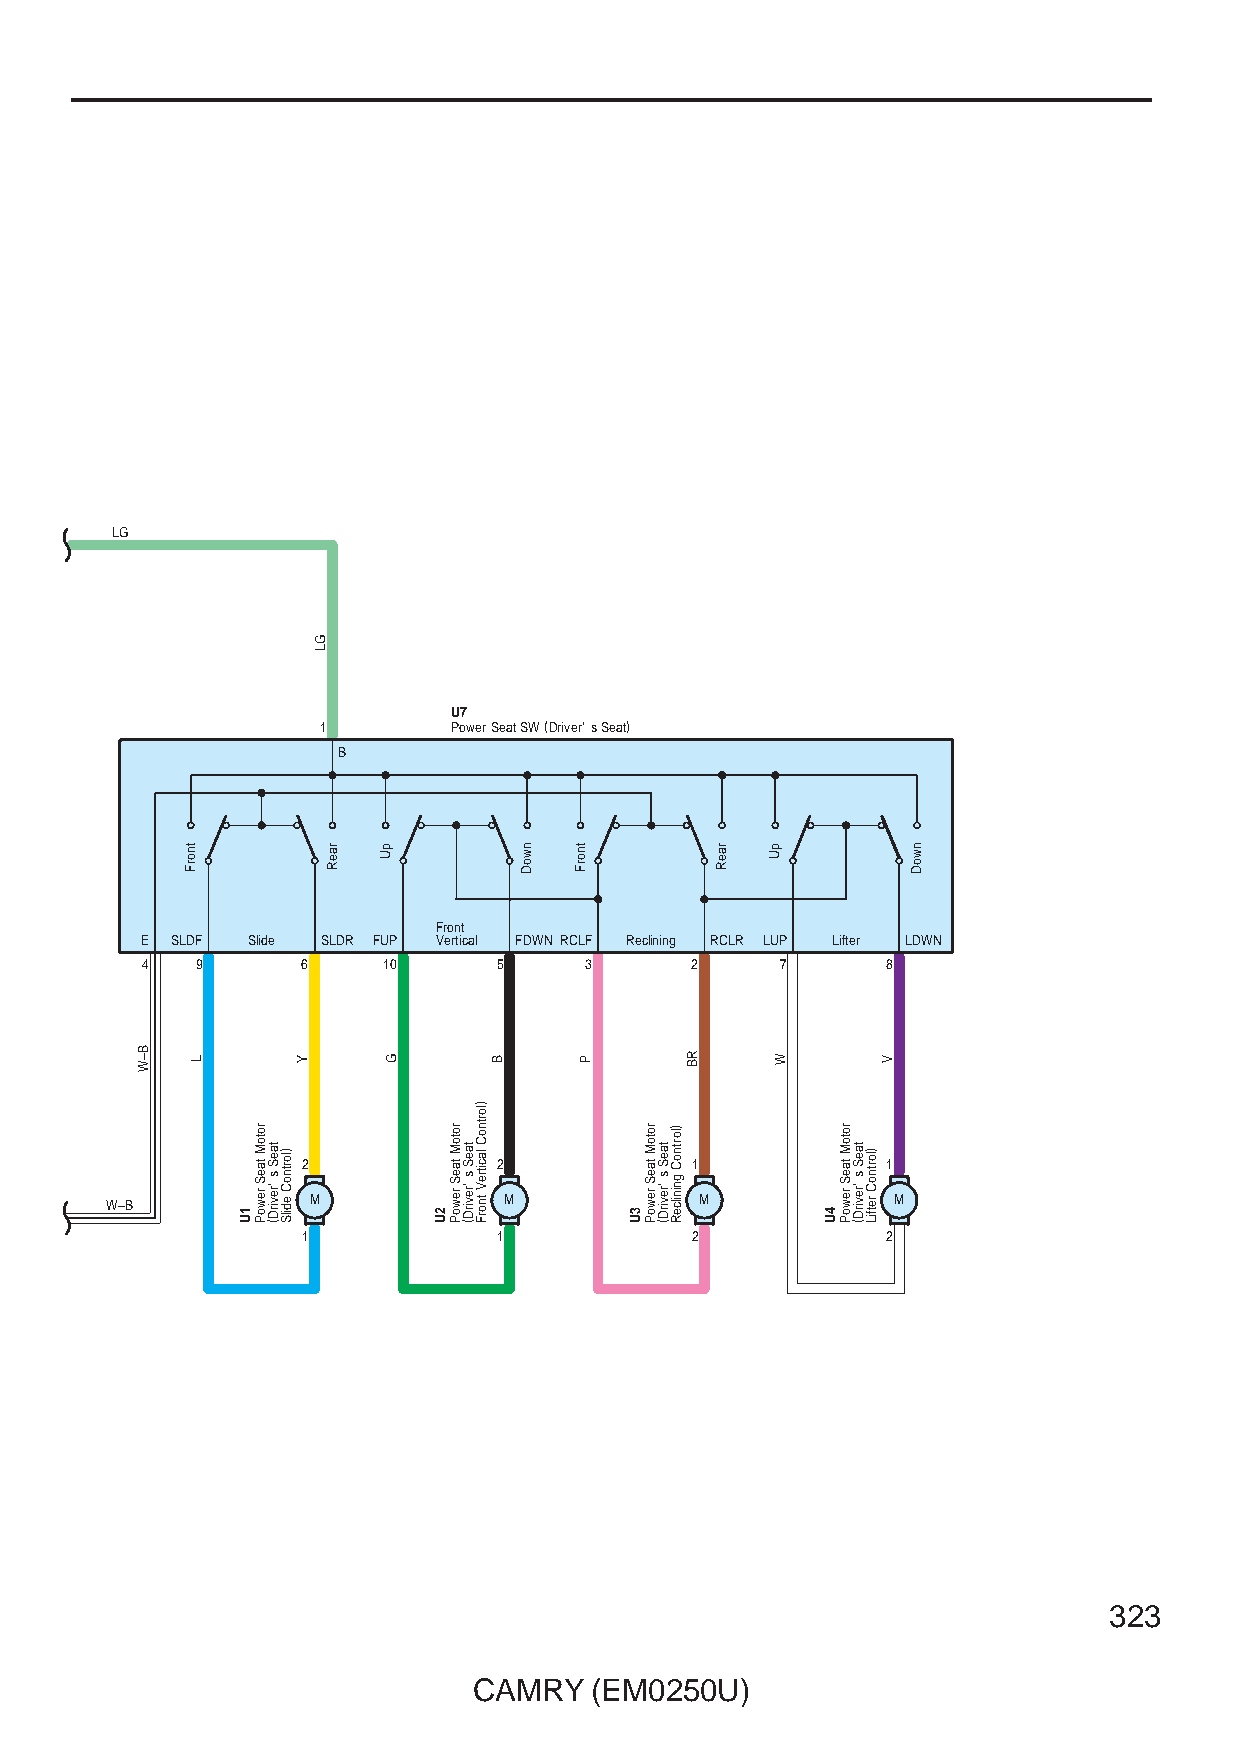
LG
 U7
 1        Power Seat SW (Driver' s Seat)
 B
 Front
 E SLDF Slide SLDR FUP Vertical FDWN RCLF Reclining RCLR LUP Lifter LDWN
 4   9      6    10      5     3      2     7      8
 2            2            1            1
 W–B          M            M            M            M
 1            1            2            2
 323
 CAMRY   (EM0250U)
 B–W
 tnorF
 L
 1U
 rotoM
 taeS
 rewoP
 taeS
 s
 'revirD(
 )lortnoC
 edilS
 Y
 GL
 raeR pU
 G
 2U
 rotoM
 taeS
 rewoP
 taeS
 s
 'revirD(
 )lortnoC
 lacitreV
 tnorF
 B
 nwoD tnorF
 P
 3U
 rotoM
 taeS
 rewoP
 taeS
 s
 'revirD(
 )lortnoC
 gninilceR
 RB
 raeR pU
 W
 4U
 rotoM
 taeS
 rewoP
 taeS
 s
 'revirD(
 )lortnoC
 retfiL
 V
 nwoD